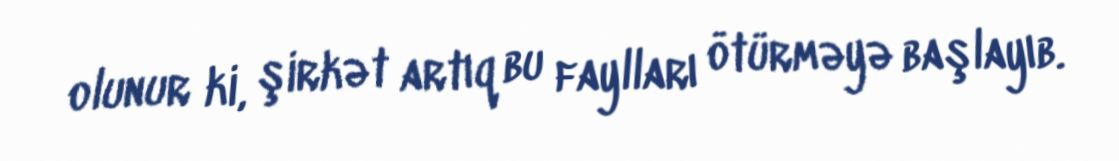
olunur ki, şirkət artıq bu faylları ötürməyə başlayıb.